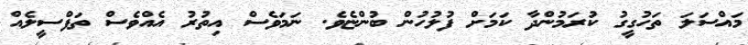
މައްސަލަ ތަހުގީގު ކުރަމުންދާ ކަމަށް ފުލުހުން ބުންޏެވެ. ނަމަވެސް އިތުރު އެއްވެސް ތަފްސީލެއް